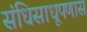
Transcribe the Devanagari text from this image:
संधिसाधूपणास